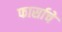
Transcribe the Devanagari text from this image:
फार्साचे